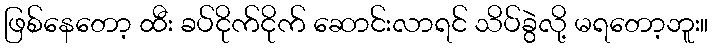
ဖြစ်နေတော့ ထီး ခပ်ငိုက်ငိုက် ဆောင်းလာရင် သိပ်ခွဲလို့ မရတော့ဘူး။